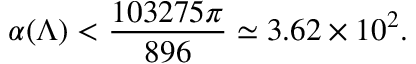
\alpha ( \Lambda ) < { \frac { 1 0 3 2 7 5 \pi } { 8 9 6 } } \simeq 3 . 6 2 \times 1 0 ^ { 2 } .